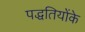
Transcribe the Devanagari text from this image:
पद्धतियोंके